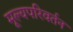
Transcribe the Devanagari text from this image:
मूल्यपरिवर्तन